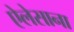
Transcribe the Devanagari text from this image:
ऐलेसाना